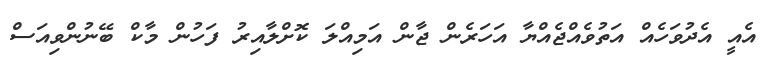
އެއީ އެދުވަހެއް އަތުވެއްޖެއްޔާ އަހަރެން ޖާން އަމިއްލަ ކޮށްލާއިރު ފަހުން މާކް ބޭނުންވިއަސް